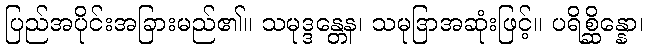
ပြည်အပိုင်းအခြားမည်၏။ သမုဒ္ဒန္တေန၊ သမုဒြာအဆုံးဖြင့်။ ပရိစ္ဆိန္နော၊